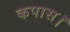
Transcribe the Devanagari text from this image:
कपास।